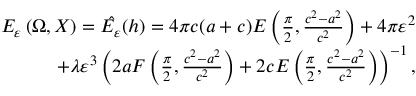
\begin{array} { r } { E _ { \varepsilon } \left( \Omega , X \right) = \hat { E _ { \varepsilon } } ( h ) = 4 \pi c ( a + c ) E \left( \frac { \pi } { 2 } , { \frac { c ^ { 2 } - a ^ { 2 } } { c ^ { 2 } } } \right) + 4 \pi \varepsilon ^ { 2 } } \\ { + \lambda \varepsilon ^ { 3 } \left( 2 a F \left( \frac { \pi } { 2 } , \frac { c ^ { 2 } - a ^ { 2 } } { c ^ { 2 } } \right) + 2 c E \left( \frac { \pi } { 2 } , \frac { c ^ { 2 } - a ^ { 2 } } { c ^ { 2 } } \right) \right) ^ { - 1 } , } \end{array}